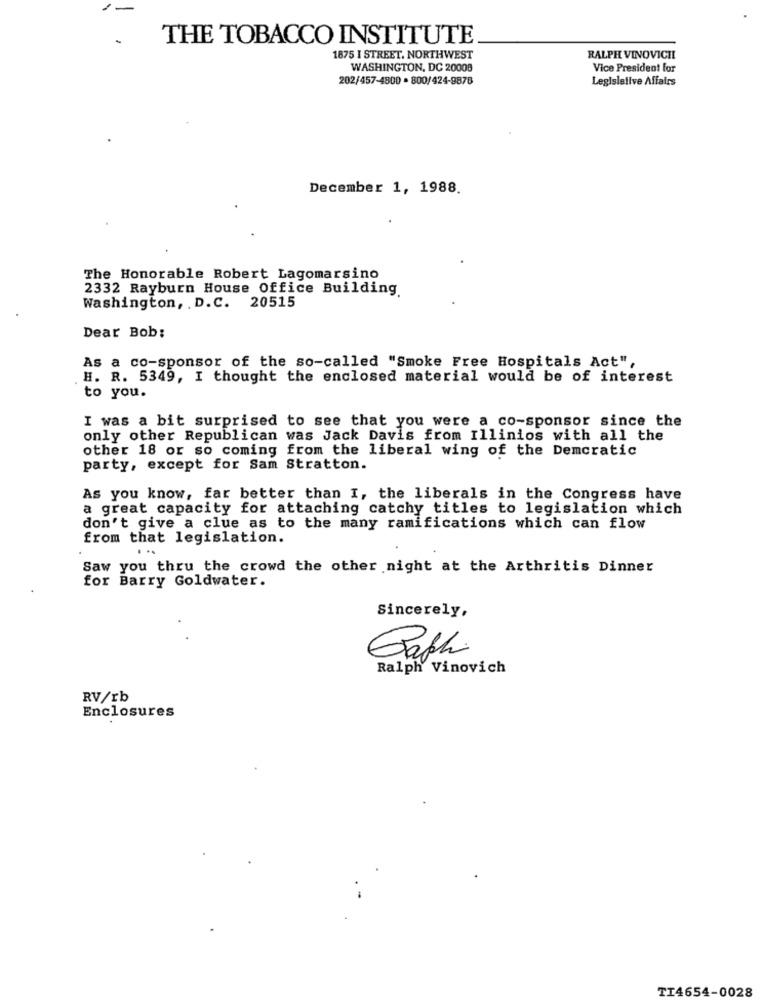
-
THE TOBACCO INSTITUTE
1875 I STREET, NORTHWEST
RALPH VINOVICHI
WASHINGTON, DC 20008
Vice President for
202/457-4800 · 800/424-9878
Legislelive Affairs
December 1, 1988.
The Honorable Robert Lagomarsino
2332 Rayburn House Office Building.
Washington, D.C. 20515
Dear Bob:
As a co-sponsor of the so-called "Smoke Free Hospitals Act",
H. R. 5349, I thought the enclosed material would be of interest
to you.
I was a bit surprised to see that you were a co-sponsor since the
only other Republican was Jack Davis from Illinios with all the
other 18 or so coming from the liberal wing of the Demcratic
party, except for Sam Stratton.
As you know, far better than I, the liberals in the Congress have
a great capacity for attaching catchy titles to legislation which
don't give a clue as to the many ramifications which can flow
from that legislation.
Saw you thru the crowd the other night at the Arthritis Dinner
for Barry Goldwater.
Sincerely,
Bath
Ralph Vinovich
RV/rb
Enclosures
TI4654-0028